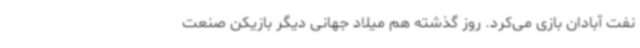
نفت آبادان بازی می‌کرد. روز گذشته هم میلاد جهانی دیگر بازیکن صنعت